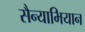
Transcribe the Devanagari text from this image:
सैन्याभियान